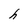
Character: h